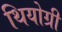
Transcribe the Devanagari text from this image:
थियोग्री